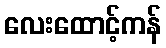
လေးထောင့်ကန်